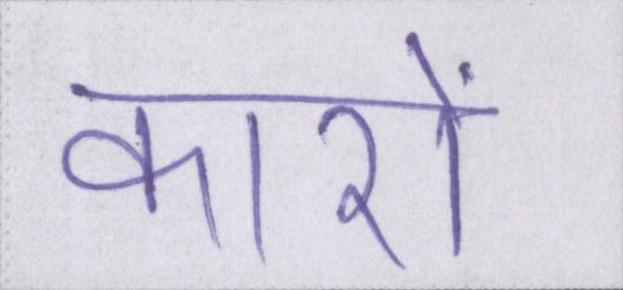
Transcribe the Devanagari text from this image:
कारों